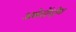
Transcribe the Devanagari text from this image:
अलेग्जेंन्द्रीया